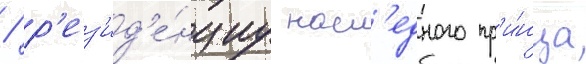
/ р'ез'ид'е́нциу насл'едного пр'и́нца